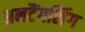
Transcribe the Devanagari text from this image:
अनटैंगलिंग